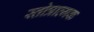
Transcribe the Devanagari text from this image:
स्तोत्रात्मक